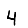
Digit: 4